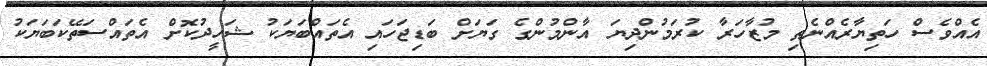
އެއްވެސް ހަތިޔާރެއްނެތި މުޒާހަރާ ކުރަމުންދިޔަ އާންމުންގެ ގަޔަށް ބަޑިޖަހައި އެތައްބަޔަކު ޝަހީދުކޮށް އެތައްސަތޭކަބަޔަކު